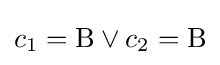
c_{1}=\mathrm {B} \lor c_{2}=\mathrm {B}